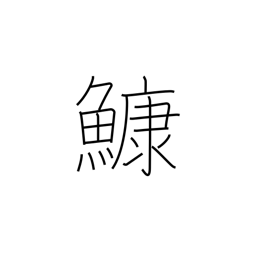
Meaning: anglerfish